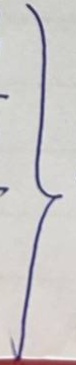
}